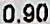
0.90